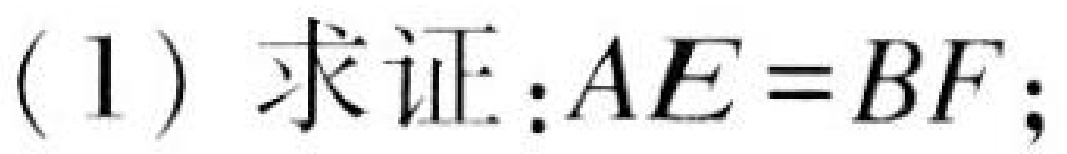
(1) 求证：\(AE = BF\)；